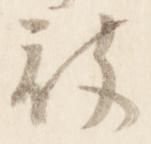
被